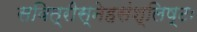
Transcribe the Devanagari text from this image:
सवित्रीस्नेहसंश्लिष्टः